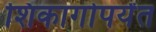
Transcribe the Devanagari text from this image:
शिकागोपर्यंत